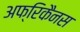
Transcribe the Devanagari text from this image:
अफ्रिकैनस